Leucocytozoon canis - Number 26
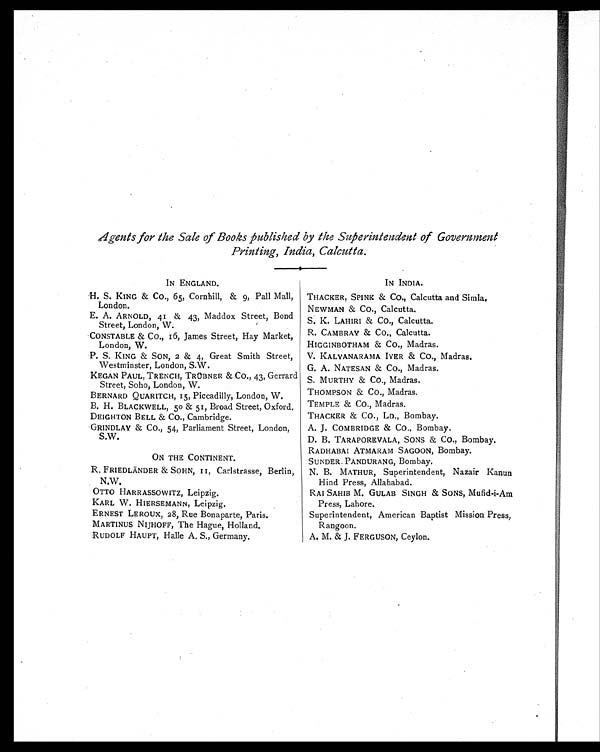
Agents for the Sale of Books published by the Superintendent of Government
Printing, India, Calcutta.
IN ENGLAND.
IN INDIA.
H. S. KING & CO., 65, Cornhill, & 9, Pall Mall,
London.
THACKER, SPINK & CO., Calcutta and Simla.
NEWMAN & CO., Calcutta.
E. A. ARNOLD, 41 & 43, Maddox Street, Bond
Street, London, W.
S. K. LAHIRI & CO., Calcutta.
CONSTABLE & CO., 16, James Street, Hay Market,
London, W.
R. CAMBRAY & CO., Calcutta.
HIGGINBOTHAM & CO., Madras.
P. S. KING & SON, 2 & 4, Great Smith Street,
Westminster, London, S.W.
V. KALYANARAMA IVER & CO., Madras.
G. A. NATESAN & CO., Madras.
KEGAN PAUL, TRENCH, TRÜBNER & CO., 43, Gerrard
Street, Soho, London, W.
S. MURTHY & CO., Madras.
BERNARD QUARITCH, 15, Piccadilly, London, W.
THOMPSON & CO., Madras.
B. H. BLACKWELL, 50 & 51, Broad Street, Oxford.
TEMPLE & CO., Madras.
DEIGHTON BELL & CO., Cambridge.
THACKER & CO., LD., Bombay.
GRINDLAY & CO., 54, Parliament Street, London,
S.W.
A. J. COMBRIDGE & CO., Bombay.
D. B. TARAPOREVALA, SONS & CO., Bombay.
RADHABAI ATMARAM SAGOON, Bombay.
ON THE CONTINENT.
SUNDER PANDURANG, Bombay.
R. FRIEDLÄNDER & SOHN, 11, Carlstrasse, Berlin,
N.W.
N. B. MATHUR, Superintendent, Nazair Kanun
Hind Press, Allahabad.
OTTO HARRASSOWITZ, Leipzig.
RAI SAHIB M. GULAB SINGH & SONS, Mufid-i-Am
Press, Lahore.
KARL W. HIERSEMANN, Leipzig.
ERNEST LEROUX, 28, Rue Bonaparte, Paris.
Superintendent, American Baptist Mission Press,
Rangoon.
MARTINUS NIJHOFF, The Hague, Holland.
RUDOLF HAUPT, Halle A. S., Germany.
A. M. & J. FERGUSON, Ceylon.